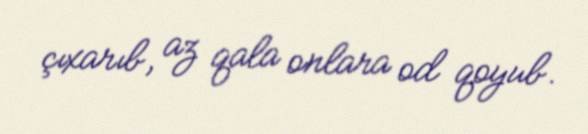
çıxarıb, az qala onlara od qoyub.